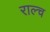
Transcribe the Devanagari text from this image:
राल्च